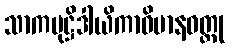
သာကမုဋ္ဌိဒါယိကာဝိမာနဝတ္ထု